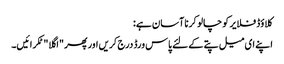
کلاؤڈ فلایر کو چالو کرنا آسان ہے:
اپنے ای میل پتے کے لئے پاس ورڈ درج کریں اور پھر "اگلا" ٹکرائیں۔